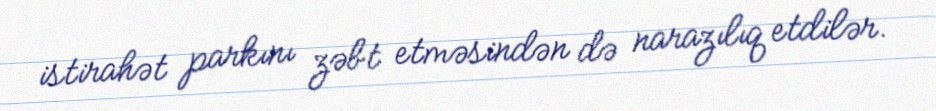
istirahət parkını zəbt etməsindən də narazılıq etdilər.